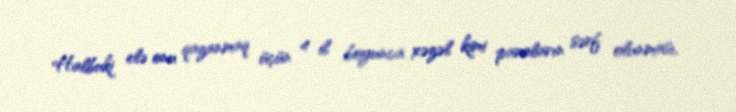
Halbuki elə onu qazanmaq üçün 4 il boyunca xəzəl kimi paraların sərf olunması,